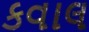
કવાલ